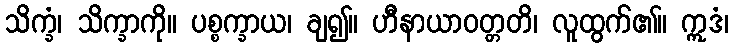
သိက္ခံ၊ သိက္ခာကို။ ပစ္စက္ခာယ၊ ချ၍။ ဟီနာယာဝတ္တတိ၊ လူထွက်၏။ ဣဒံ၊